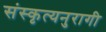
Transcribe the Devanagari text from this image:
संस्कृत्यनुरागी